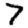
Digit: 7